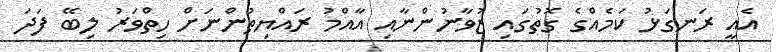
އެއީ ރަނގަޅު ކަމެއްގެ ގޮތުގައި ޒުވާނުންނާއި އާއްމު ރައްޔިތުންނަށް ހިތްވަރު ލިބޭ ފަދަ